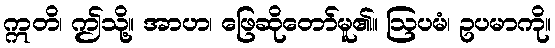
ဣတိ၊ ဤသို့။ အာဟ၊ ဖြေဆိုတော်မူ၏။ ဩပမံ၊ ဥပမာကို။